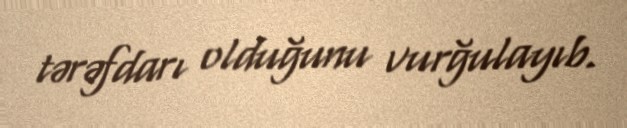
tərəfdarı olduğunu vurğulayıb.